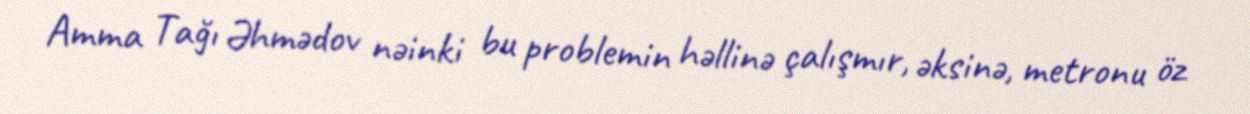
Amma Tağı Əhmədov nəinki bu problemin həllinə çalışmır, əksinə, metronu öz